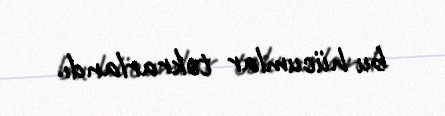
bu hücumlar təkrarlandı.